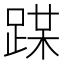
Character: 𨂏